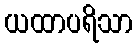
ယထာပရိသာ